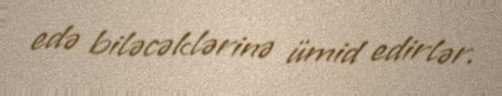
edə biləcəklərinə ümid edirlər.